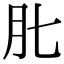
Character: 𦘪